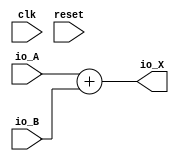
// Generator : SpinalHDL v1.7.0a    git head : 150a9b9067020722818dfb17df4a23ac712a7af8
// Component : MyTopLevel
// Git hash  : 23f8152f1f76822abe6de05999e6f5a903223b02

`timescale 1ns/1ps

module MyTopLevel2 (
  input      [7:0]    io_A,
  input      [7:0]    io_B,
  output     [7:0]    io_X,
  input               clk,
  input               reset
);

  reg        [7:0]    a;
  reg        [7:0]    b;

  assign io_X = (io_A + io_B);

endmodule